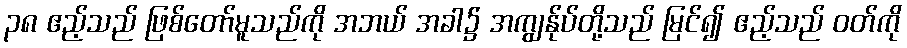
၃၈ ဧည့်သည် ဖြစ်တော်မူသည်ကို အဘယ် အခါ၌ အကျွန်ုပ်တို့သည် မြင်၍ ဧည့်သည် ဝတ်ကို